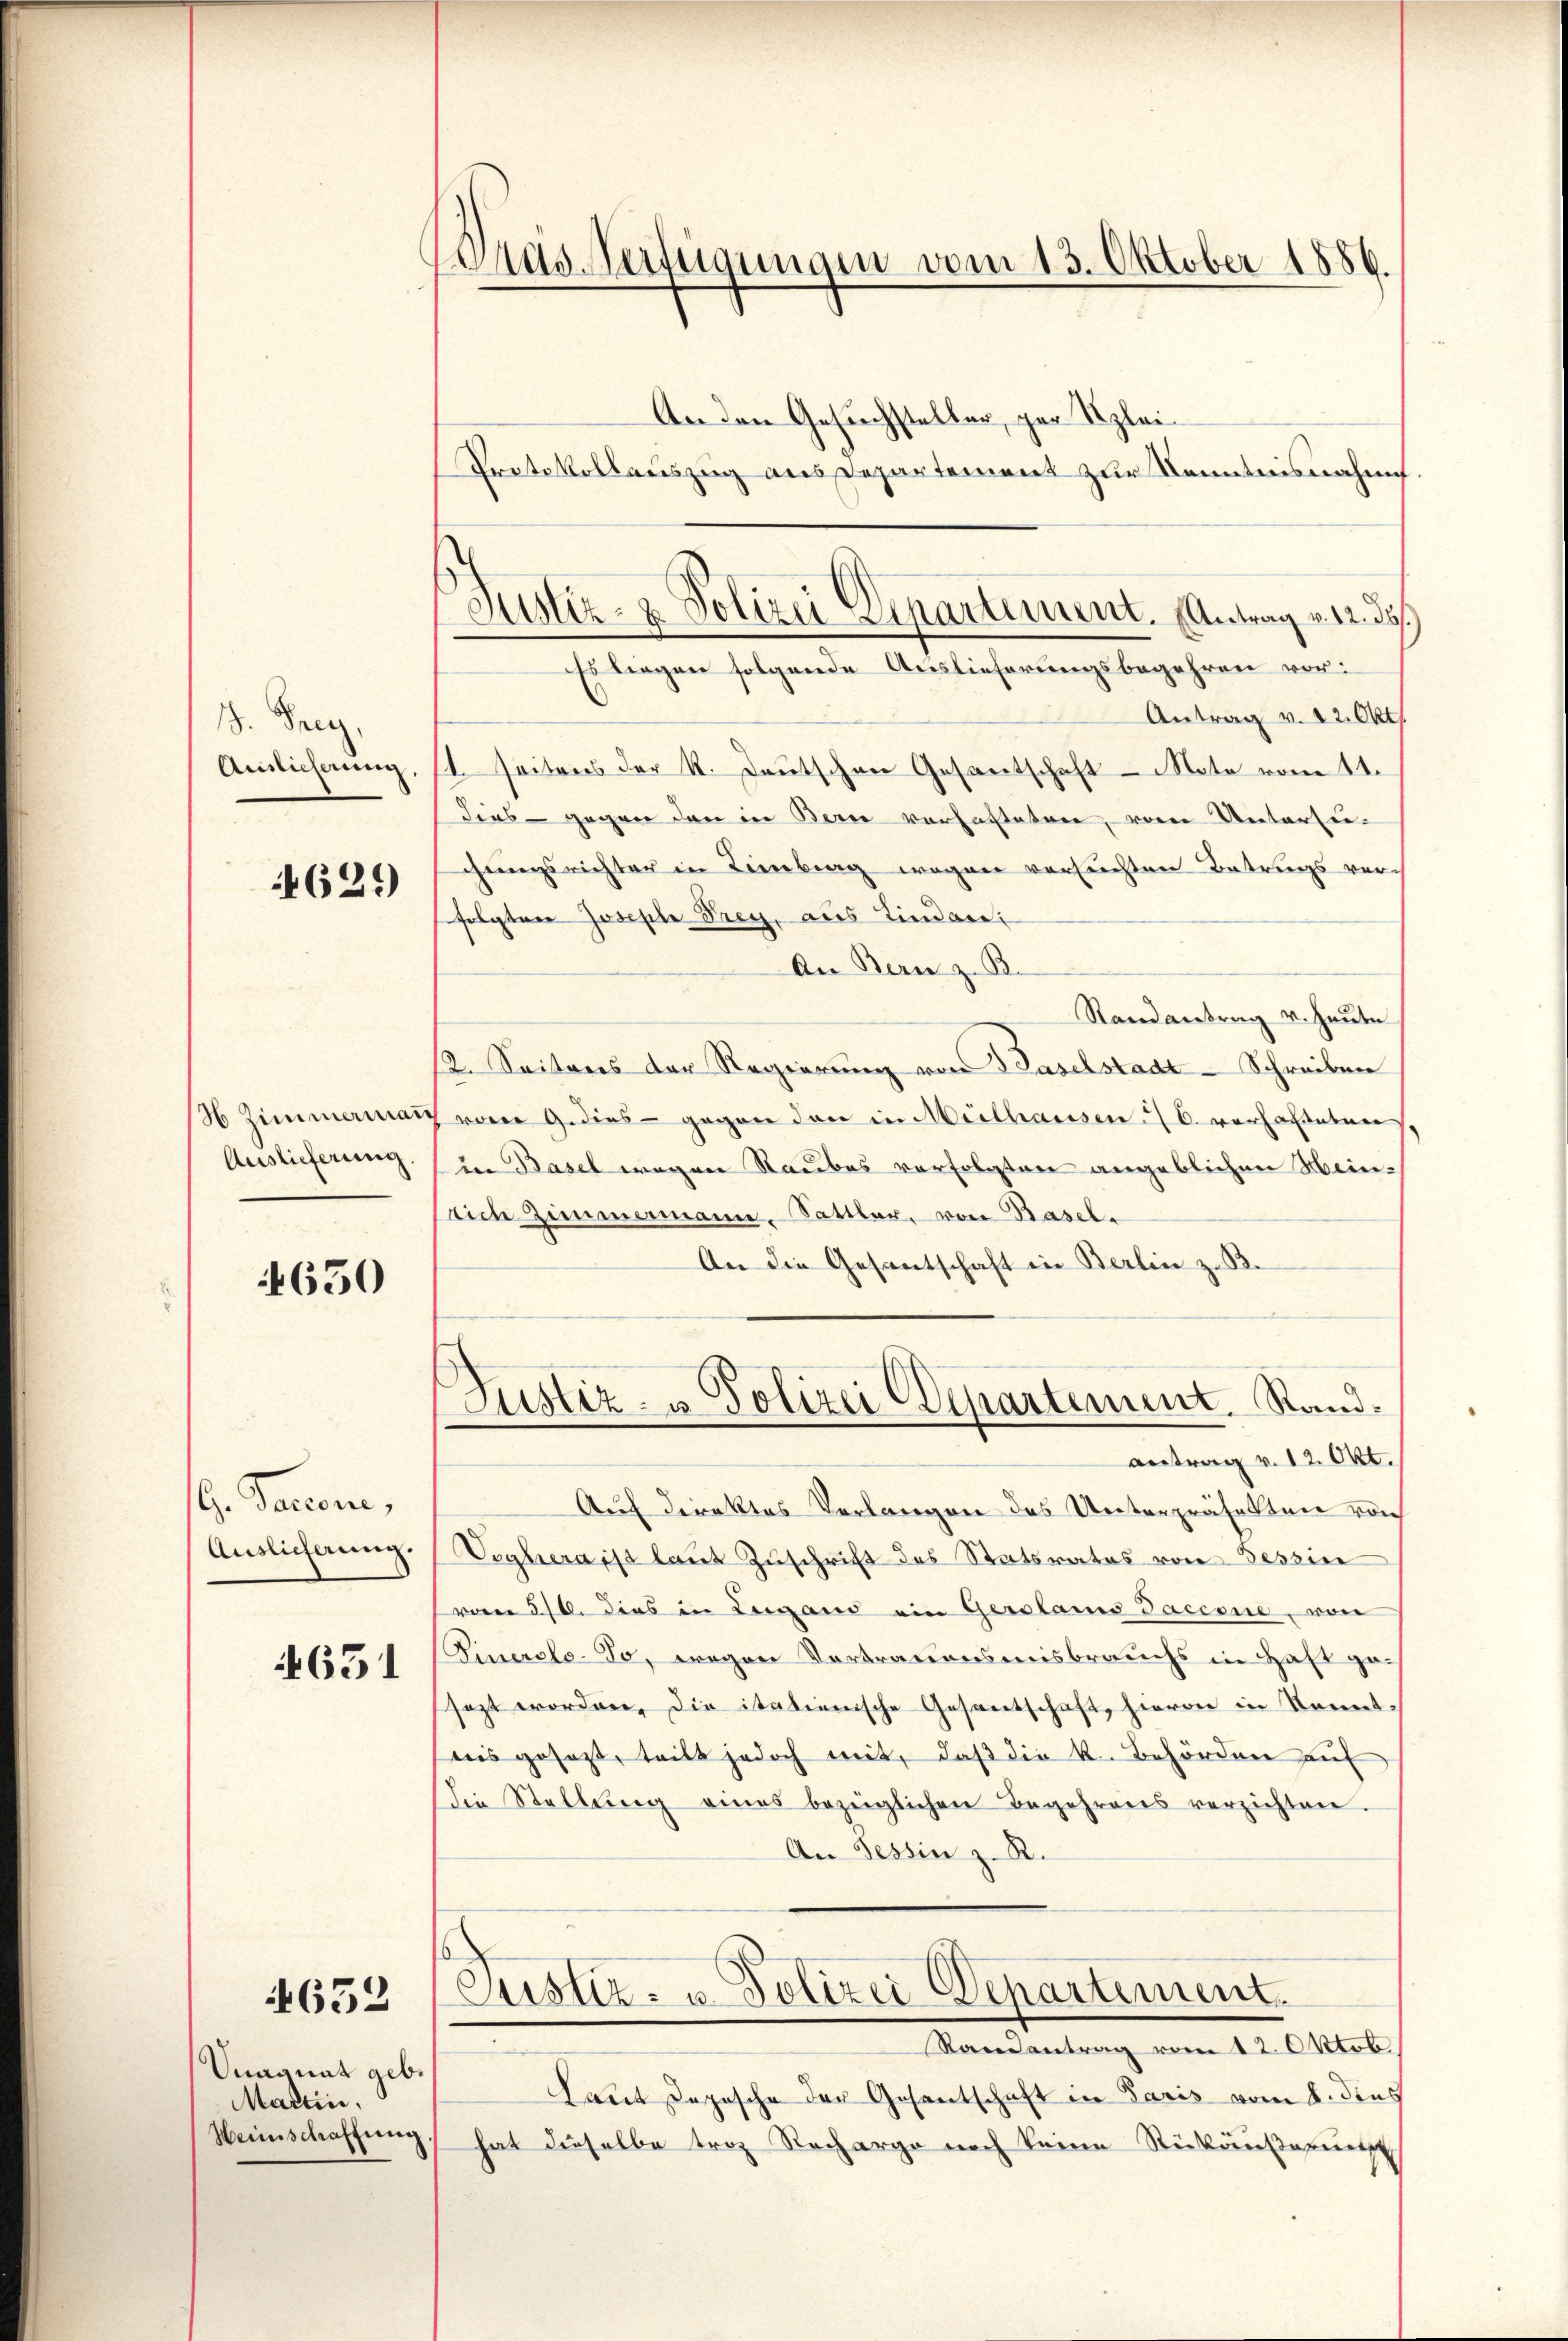
1. Frey.
Aislicherung,

4629

36 Zimmermann
Auslieferung

4650

G. Sanen,
Auslieferung.

651

4652

Unagnat geb.
Martin,
Weinschaffung

Gras Verfügungen vom 13. Oktober 1886.

Justiz- & Polizei Departement. Antrag v. 12. 33.

An den Gesuchsteller, per Klei¬
Pretokollauszug aus Departement zur Kenntnisnahm.
Es liegen folgende Auslieferungsbegehren vor:
Antrag v. 22. Okt.
1. Seitens der K. Deutschen Gesantschaft - Note vom 11.
dies - gegen den in Bern verfasteten, vom Untersuchungsrichter in Lieberg wegen versuchten Betrugs ver-
folgten Joseph Frey, aus Lindare:
An Bern z. B.
Randantrag v. Heute
12. Seiteres der Regierŭng von Paselstadt-Schreiben
vom 9. dies gegen den in Mülhausen 26. vorhalteten
in Basel wegen Raubes verfolgten angeblichen Heinsich Zimmermann. Sattler, von Basel-
An die Gesantschaft in Berlin z. B.
Justiz- u Polizei Departement. Randantrag v. 12. Okt.
Auf Direktes Verlangen das Unterpräfekten von
Veahiera ist laut Zuschrift des Statsrates von Seszin
vom 30. dies in Leigand ein Gerolams Jacesie, von
Finersle-Jo, wegen Vortrauensmisbrauchs in Haft ge-
sezt worden, die itationische Gesantschaft, hievon in kannt,
unis gesetzt, teilt jedoch mit, daß die k. Behörden auf
die Stellŭng eines bezeiglichen Begehrens verzichten.
An Tessin z. R.
Justiz- u. Polizei Departement.
Randantrag vom 12. Oktob.
Laut Depesche der Gesantschaft in Paris vom 8. dies
hat dieselbe trag Recharge noch keine Rückäußerungs